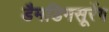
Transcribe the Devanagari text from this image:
डैमडिनसूरेंग